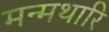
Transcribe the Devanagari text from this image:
मन्मथारि